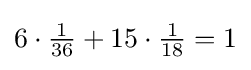
{\textstyle 6\cdot {\tfrac {1}{36}}+15\cdot {\tfrac {1}{18}}=1}